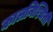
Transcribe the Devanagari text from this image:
कालनिश्चिती